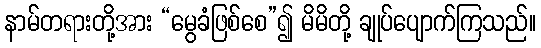
နာမ်တရားတို့အား “မွေခံဖြစ်စေ”၍ မိမိတို့ ချုပ်ပျောက်ကြသည်။